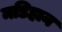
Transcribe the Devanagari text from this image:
मडिहान